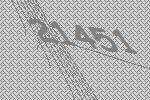
21451